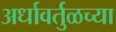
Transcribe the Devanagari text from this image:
अर्धावर्तुळच्या